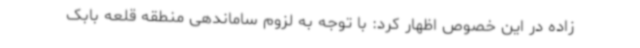
زاده در این خصوص اظهار کرد: با توجه به لزوم ساماندهی منطقه قلعه بابک